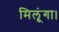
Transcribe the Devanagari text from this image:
मिलूंगा।